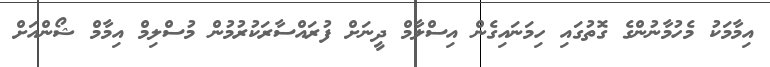
އިމާމަކު މެހުމާނުންގެ ގޮތުގައި ހިމަނައިގެން އިސްލާމް ދީނަށް ފުރައްސާރަކުރުމުން މުސްލިމް އިމާމް ޝޯންއަށް